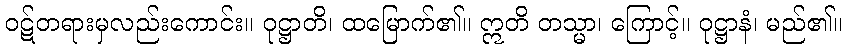
ဝဋ်တရားမှလည်းကောင်း။ ဝုဋ္ဌာတိ၊ ထမြောက်၏။ ဣတိ တသ္မာ၊ ကြောင့်။ ဝုဋ္ဌာနံ၊ မည်၏။